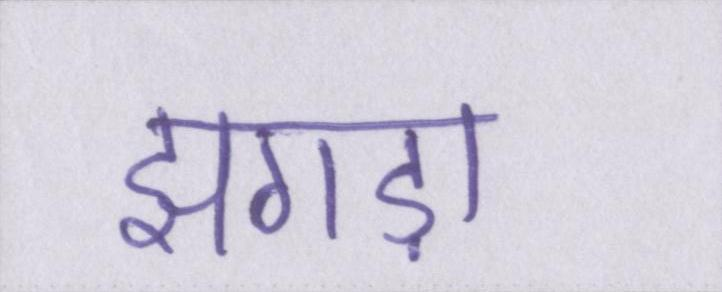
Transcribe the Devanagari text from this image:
झगड़ा